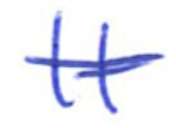
Text: It
Cross-out: single-line
Writing tool: ballpoint